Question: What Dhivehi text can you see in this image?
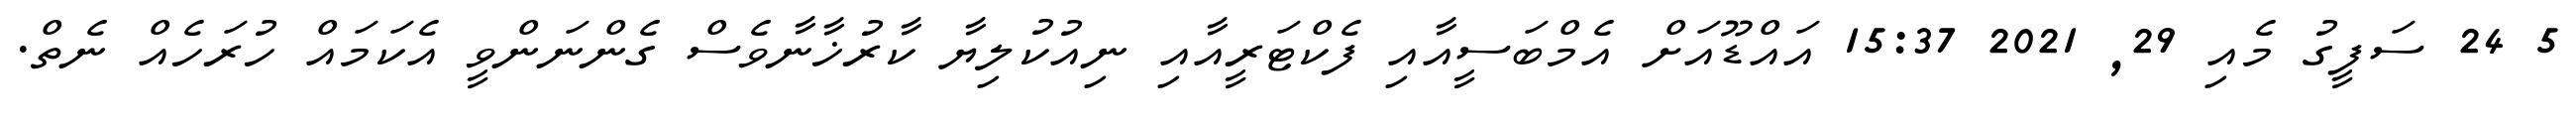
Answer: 5 24 ސަފީގު މެއި 29, 2021 15:37 އައްޑޫއަށް އެމްބަސީއާއި ފެކްޓަރީއާއި ނިއުކުލިޔާ ކާރުޚާނާވެސް ގެންނަންވީ އެކަމައް ހުރަހެއް ނެތް.